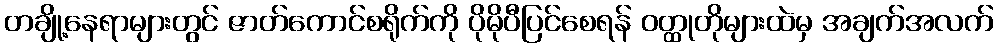
တချို့နေရာများတွင် ဇာတ်ကောင်စရိုက်ကို ပိုမိုပီပြင်စေရန် ဝတ္ထုတိုများထဲမှ အချက်အလက်